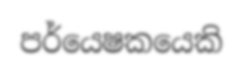
පර්යෙෂකයෙකි